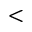
<